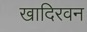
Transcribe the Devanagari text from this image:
खादिरवन